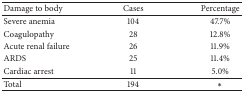
| Damage to body | Cases | Percentage |
 | --- | --- | --- |
 | Severe anemia | 104 | 47.7% |
 | Coagulopathy | 28 | 12.8% |
 | Acute renal failure | 26 | 11.9% |
 | ARDS | 25 | 11.4% |
 | Cardiac arrest | 11 | 5.0% |
 | Total | 194 | ∗ |